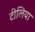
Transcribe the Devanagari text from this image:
टीलिया